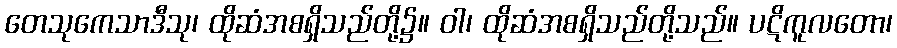
တေသုကေသာဒီသု၊ ထိုဆံအစရှိသည်တို့၌။ ဝါ၊ ထိုဆံအစရှိသည်တို့သည်။ ပဋိကူလတော၊